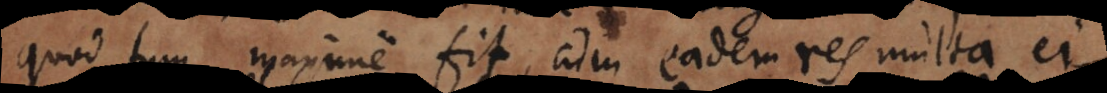
quod tum maxime fit, cum eadem res multa ei